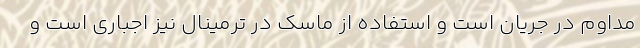
مداوم در جریان است و استفاده از ماسک در ترمینال نیز اجباری است و